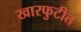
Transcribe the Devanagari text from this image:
खारफुटीत